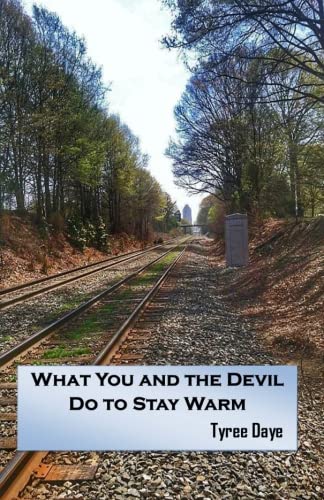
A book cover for What You and The Devil Do to Stay Warm; Tyree Daye; Literature & Fiction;